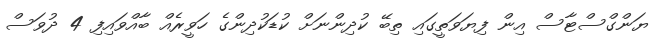
ޔަންގްސްޓާސް އިން ފިޔަވަތީގައި ތިބޭ ކުދިންނަށް ކުޑަކުދިންގެ ހަވީރެއް ބާއްވައިފި 4 ދުވަސް